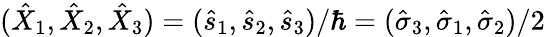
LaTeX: (\hat{X}_{1},\hat{X}_{2},\hat{X}_{3})=(\hat{s}_{1},\hat{s}_{2},\hat{s}_{3})/\hbar=(\hat{\sigma}_{3},\hat{\sigma}_{1},\hat{\sigma}_{2})/2